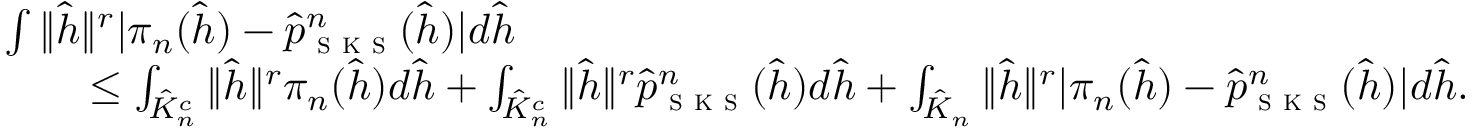
\begin{array} { r l } & { \int \| \hat { h } \| ^ { r } | \pi _ { n } ( \hat { h } ) - \hat { p } _ { \textsc { s k s } } ^ { n } ( \hat { h } ) | d \hat { h } } \\ & { \qquad \leq \int _ { \hat { K } _ { n } ^ { c } } \| \hat { h } \| ^ { r } \pi _ { n } ( \hat { h } ) d \hat { h } + \int _ { \hat { K } _ { n } ^ { c } } \| \hat { h } \| ^ { r } \hat { p } _ { \textsc { s k s } } ^ { n } ( \hat { h } ) d \hat { h } + \int _ { \hat { K } _ { n } } \| \hat { h } \| ^ { r } | \pi _ { n } ( \hat { h } ) - \hat { p } _ { \textsc { s k s } } ^ { n } ( \hat { h } ) | d \hat { h } . } \end{array}